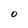
Character: O